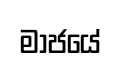
මාජයේ